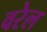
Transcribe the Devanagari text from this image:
वरेल